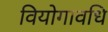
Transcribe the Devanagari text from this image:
वियोगावधि